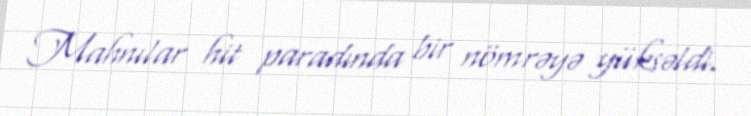
Mahnılar hit paradında bir nömrəyə yüksəldi.